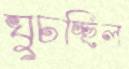
ঘুচচ্ছিল